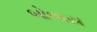
બોલાય